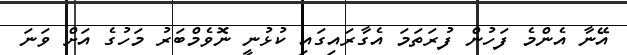
އޭނާ އެންމެ ފަހުން ފުރަތަމަ އެގާރައިގައި ކުޅުނީ ނޮވެމްބަރު މަހުގެ އަށް ވަނަ